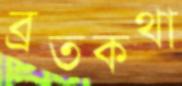
ব্রতকথা